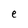
Character: e